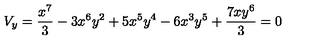
V _ { y } = { \frac { { x ^ { 7 } } } { 3 } } - 3 { x ^ { 6 } } { y ^ { 2 } } + 5 { x ^ { 5 } } { y ^ { 4 } } - 6 { x ^ { 3 } } { y ^ { 5 } } + { \frac { 7 x { y ^ { 6 } } } { 3 } } = 0